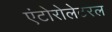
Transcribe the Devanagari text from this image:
एंटोरोलेटरल